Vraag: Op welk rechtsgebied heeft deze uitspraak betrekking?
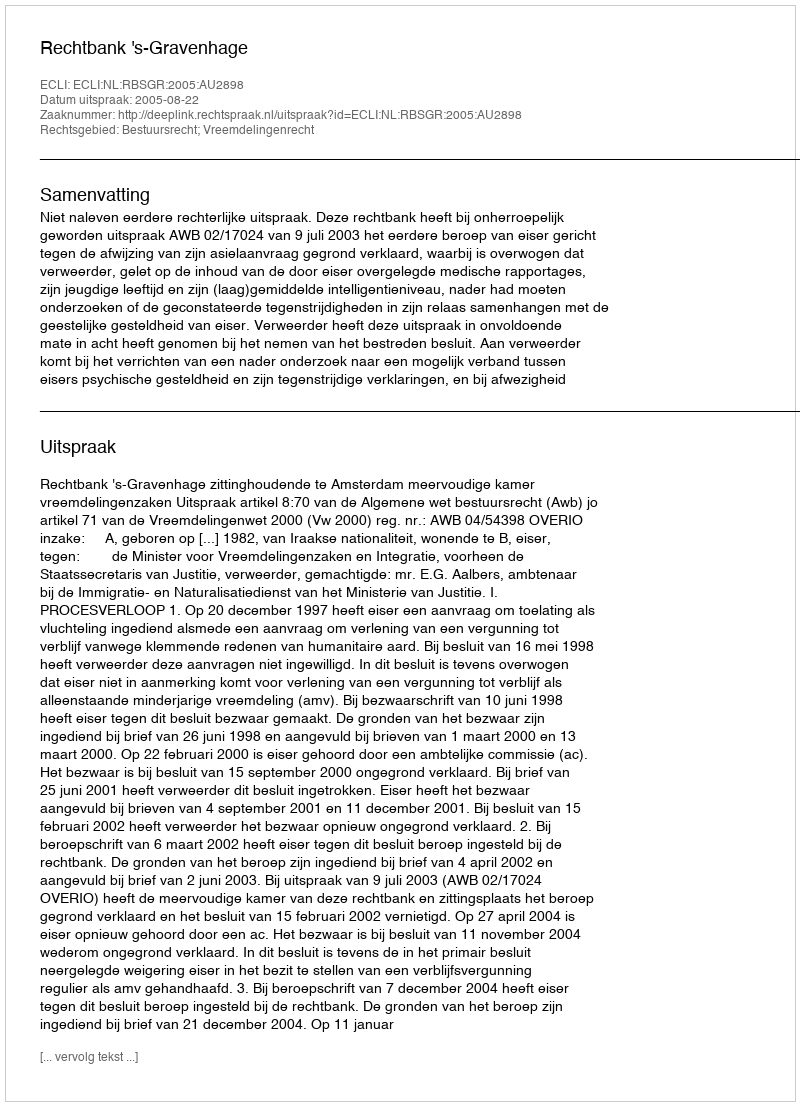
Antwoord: Bestuursrecht; Vreemdelingenrecht